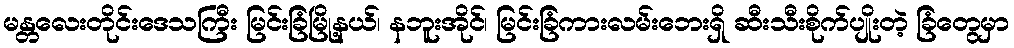
မန္တလေးတိုင်းဒေသကြီး မြင်းခြံမြို့နယ်၊ နဘူးအိုင်၊ မြင်းခြံကားလမ်းဘေးရှိ ဆီးသီးစိုက်ပျိုးတဲ့ ခြံတွေမှာ